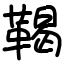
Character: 鞨